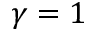
\gamma = 1